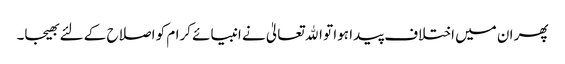
پھر ان میں اختلاف پیدا ہوا تو اﷲ تعالیٰ نے انبیائے کرام کو اصلاح کے لئے بھیجا۔